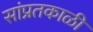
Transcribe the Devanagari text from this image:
सांप्रतकाळी